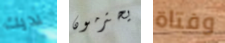
لديك يحترمون وفتاة